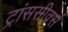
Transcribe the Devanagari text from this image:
ट्रांससीवर्स